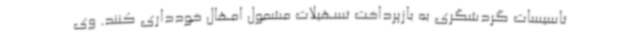
تاسیسات گردشگری به بازپرداخت تسهیلات مشمول امهال خودداری کنند. وی